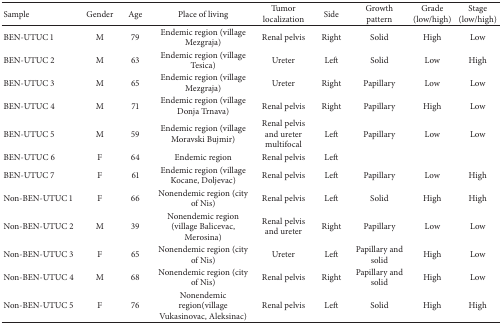
<table><thead><tr><td><b>Sample</b></td><td><b>Gender</b></td><td><b>Age</b></td><td><b>Place of living</b></td><td><b>Tumor localization</b></td><td><b>Side</b></td><td><b>Growth pattern</b></td><td><b>Grade (low/high)</b></td><td><b>Stage(low/high)</b></td></tr></thead><tbody><tr><td>BEN-UTUC 1</td><td>M</td><td>79</td><td>Endemic region (village Mezgraja)</td><td>Renal pelvis </td><td>Right</td><td>Solid</td><td> High </td><td>Low</td></tr><tr><td>BEN-UTUC 2</td><td>M</td><td>63</td><td>Endemic region (village Tesica)</td><td>Ureter</td><td>Left</td><td>Solid</td><td>Low </td><td>High</td></tr><tr><td>BEN-UTUC 3</td><td>M</td><td>65</td><td>Endemic region (village Mezgraja)</td><td>Ureter</td><td>Right</td><td>Papillary</td><td>Low </td><td>Low</td></tr><tr><td>BEN-UTUC 4</td><td>M</td><td>71</td><td>Endemic region (village Donja Trnava)</td><td>Renal pelvis </td><td>Right</td><td>Papillary</td><td>High </td><td>Low</td></tr><tr><td>BEN-UTUC 5</td><td>M</td><td>59</td><td>Endemic region (village Moravski Bujmir) </td><td>Renal pelvis and ureter multifocal</td><td>Left</td><td>Papillary</td><td>Low </td><td>Low</td></tr><tr><td>BEN-UTUC 6</td><td>F</td><td>64</td><td>Endemic region</td><td>Renal pelvis</td><td>Left</td><td> </td><td> </td><td> </td></tr><tr><td>BEN-UTUC 7</td><td>F</td><td>61</td><td>Endemic region (village Kocane, Doljevac)</td><td>Renal pelvis</td><td>Left</td><td>Papillary</td><td>Low </td><td>High</td></tr><tr><td>Non-BEN-UTUC 1</td><td>F</td><td>66</td><td>Nonendemic region (city of Nis) </td><td>Renal pelvis</td><td>Left</td><td>Solid</td><td>High </td><td>High</td></tr><tr><td>Non-BEN-UTUC 2</td><td>M</td><td>39</td><td>Nonendemic region (village Balicevac, Merosina)</td><td>Renal pelvis and ureter</td><td>Right</td><td>Papillary</td><td>Low </td><td>Low</td></tr><tr><td>Non-BEN-UTUC 3</td><td>F</td><td>65</td><td>Nonendemic region (city of Nis) </td><td>Ureter</td><td>Left</td><td>Papillary and solid</td><td>High </td><td>Low</td></tr><tr><td>Non-BEN-UTUC 4</td><td>M</td><td>68</td><td>Nonendemic region (city of Nis) </td><td>Renal pelvis</td><td>Right</td><td>Papillary and solid</td><td>High </td><td>Low</td></tr><tr><td>Non-BEN-UTUC 5</td><td>F</td><td>76</td><td>Nonendemic region(village Vukasinovac, Aleksinac)</td><td>Renal pelvis</td><td>Left</td><td>Solid</td><td>High </td><td>High</td></tr></tbody></table>